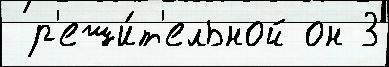
 р'еши́т'ельной он 3